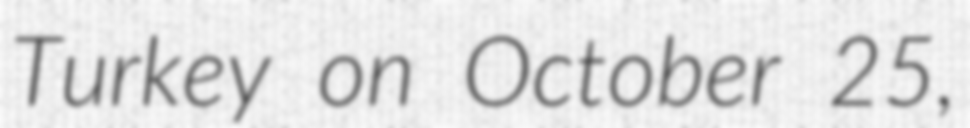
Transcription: Turkey on October 25,